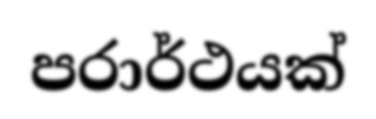
පරාර්ථයක්